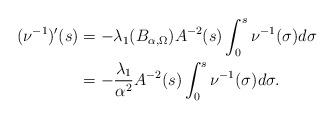
LaTeX: \begin{align*}(\nu^{-1})'(s) &= -\lambda_1(B_{\alpha,\Omega}) A^{-2}(s) \int_0^s \nu^{-1}(\sigma) d\sigma \\&= -\frac{\lambda_1}{\alpha^2} A^{-2}(s) \int_0^s \nu^{-1}(\sigma) d\sigma .\end{align*}